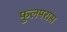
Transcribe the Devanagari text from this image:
फुलपरास